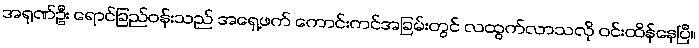
အရုဏ်ဦး ရောင်ခြည်ဝန်းသည် အရှေ့ဖက် ကောင်းကင်အခြမ်းတွင် လထွက်လာသလို ဝင်းထိန်နေပြီ။